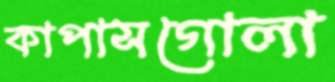
কাপাসগোলা